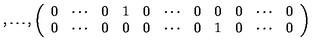
, \ldots , \left( \begin{array} { c c c c c c c c c c c } { 0 } & { \cdots } & { 0 } & { 1 } & { 0 } & { \cdots } & { 0 } & { 0 } & { 0 } & { \cdots } & { 0 } \\ { 0 } & { \cdots } & { 0 } & { 0 } & { 0 } & { \cdots } & { 0 } & { 1 } & { 0 } & { \cdots } & { 0 } \\ \end{array} \right)